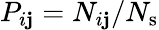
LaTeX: P_{i\mathbf{j}}=N_{i\mathbf{j}}/N_{\mathrm{{s}}}